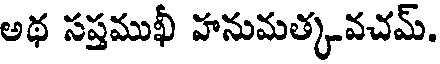
అథ సప్తముఖీ హనుమత్కవచమ్.